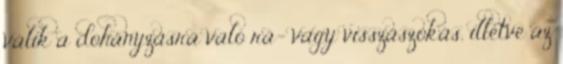
válik a dohányzásra való rá- vagy visszaszokás, illetve az